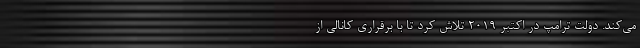
می‌کند. دولت ترامپ در اکتبر ۲۰۱۹ تلاش کرد تا با برقراری کانالی از